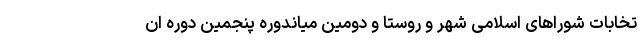
تخابات شوراهای اسلامی شهر و روستا و دومین میاندوره پنجمین دوره ان